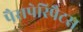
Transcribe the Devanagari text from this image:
पैरापेरिपैटस